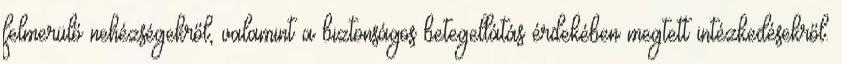
felmerülő nehézségekről, valamint a biztonságos betegellátás érdekében megtett intézkedésekről.